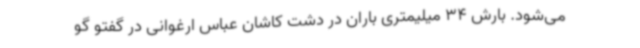
می‌شود. بارش 34 میلیمتری باران در دشت کاشان عباس ارغوانی در گفتو گو